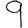
Digit: 9